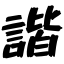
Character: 諧